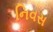
નિવસ